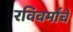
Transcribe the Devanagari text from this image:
रविवर्मांचे